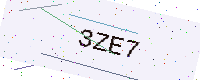
Text: 3ZE7